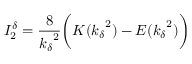
I _ { 2 } ^ { \delta } = \frac { 8 } { { k _ { \delta } } ^ { 2 } } \bigg ( K ( { k _ { \delta } } ^ { 2 } ) - E ( { k _ { \delta } } ^ { 2 } ) \bigg )